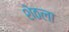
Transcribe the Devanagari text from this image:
शेठला